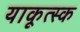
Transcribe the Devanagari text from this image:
याकूत्स्क